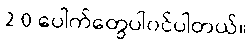
2.0 ပေါက်တွေပါ၀င်ပါတယ်။